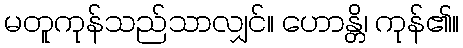
မတူကုန်သည်သာလျှင်။ ဟောန္တိ၊ ကုန်၏။